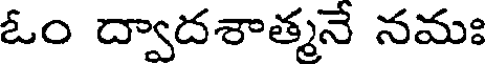
ఓం ద్వాదశాత్మనే నమః